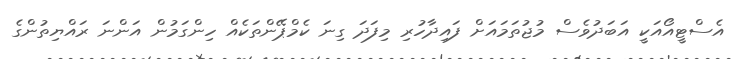
އެސްޓީއޯއަކީ އަބަދުވެސް މުޖުތަމައަށް ފައިދާހުރި މިފަދަ ގިނަ ކެމްޕޭންތަކެއް ހިންގަމުން އަންނަ ރައްޔިތުންގެ